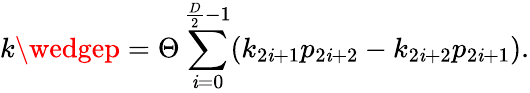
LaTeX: k\wedgep=\Theta\sum_{\mathit{i}=0}^{\frac{{D}}{{2}}-1}(k_{2\mathit{i}+1}p_{2\mathit{i}+2}-k_{2\mathit{i}+2}p_{2\mathit{i}+1}).